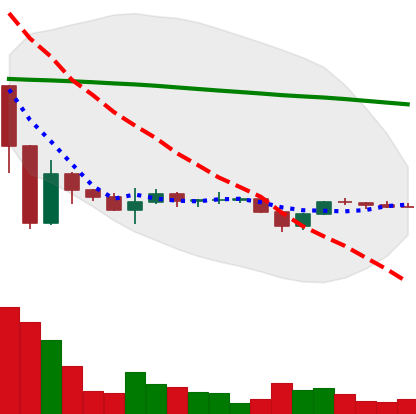
Ticker: BTC-USD
Chart end date: 2022-11-27
Forward return: 3.916%
Label: up_3_5